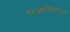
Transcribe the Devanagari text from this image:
रिआलिटीज